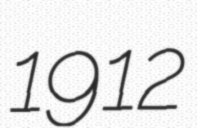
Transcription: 1912